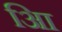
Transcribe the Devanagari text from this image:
आि